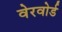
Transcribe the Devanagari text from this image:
वेरवोर्ड